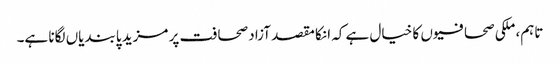
تاہم، ملکی صحافیوں کا خیال ہے کہ انکا مقصد آزاد صحافت پر مزید پابندیاں لگانا ہے۔